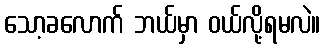
သော့ခလောက် ဘယ်မှာ ဝယ်လို့ရမလဲ။